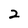
Character: 2